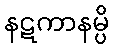
နဋကာနမ္ပိ